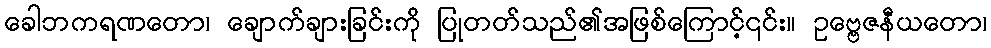
ခေါဘကရဏတော၊ ချောက်ချားခြင်းကို ပြုတတ်သည်၏အဖြစ်ကြောင့်၎င်း။ ဥဗ္ဗေဇနီယတော၊